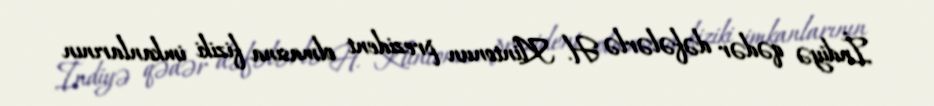
İndiyə qədər dəfələrlə H. Klintonun prezident olmasına fiziki imkanlarının